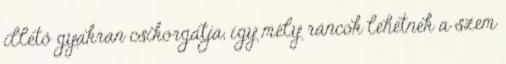
illető gyakran csikorgatja, így mély ráncok lehetnek a szem